Burma Government Medical School reports 1923-41
Year: 1923
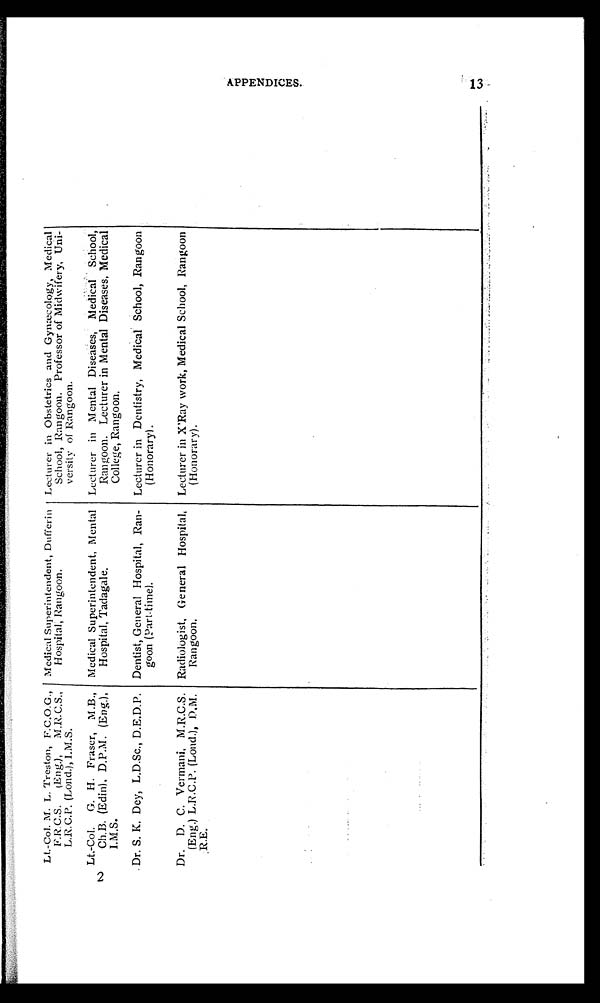
2
Lt.-Col. M. L. Treston, F.C.O.G.,
F.R.C.S. (Eng.), M.R.C.S.,
L.R.C.P. (Lond.), I.M.S.
Medical Superintendent, Dufferin
Hospital, Rangoon.
Lecturer in Obstetrics and Gynæcology, Medical
School, Rangoon. Professor of Midwifery, Uni-
versity of Rangoon.
Lt.-Col. G. H. Fraser, M.B.,
Ch.B. (Edin), D.P.M. (Eng.),
I.M.S.
Medical Superintendent, Mental
Hospital, Tadagale.
Lecturer in Mental Diseases, Medical School,
Rangoon. Lecturer in Mental Diseases, Medical
College, Rangoon.
Dr. S. K. Dey, L.D.Sc., D.E.D.P. Dentist, General Hospital, Ran-
goon (Part-time).
Lecturer in Dentistry, Medical School, Rangoon
(Honorary).
Dr. D. C. Vermani, M.R.C.S.
(Eng.) L.R.C.P. (Lond.), D.M.
R.E.
Radiologist, General Hospital,
Rangoon.
Lecturer in X'Ray work, Medical School, Rangoon
(Honorary).
A P P E N D I C E S . 1 3